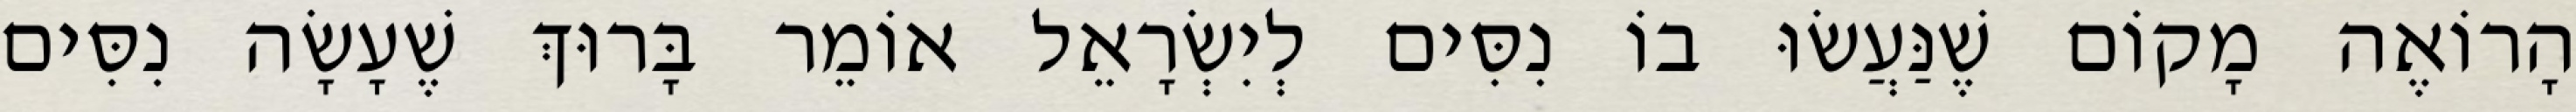
הָרוֹאֶה מָקוֹם שֶׁנַּעֲשׂוּ בוֹ נִסִּים לְיִשְׂרָאֵל אוֹמֵר בָּרוּךְ שֶׁעָשָׂה נִסִּים